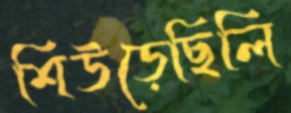
শিউড়েছিলি